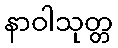
နာဝါသုတ္တ